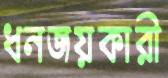
ধনজয়কারী